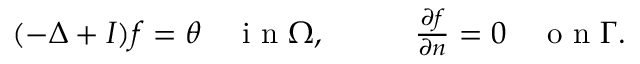
\begin{array} { r l } { ( - \Delta + I ) f = \theta \quad \mathrm { ~ i ~ n ~ } \Omega , \qquad } & { { } \frac { \partial f } { \partial n } = 0 \quad \mathrm { ~ o ~ n ~ } \Gamma . } \end{array}